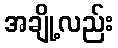
အချို့လည်း